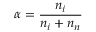
\alpha = { \frac { n _ { i } } { n _ { i } + n _ { n } } }